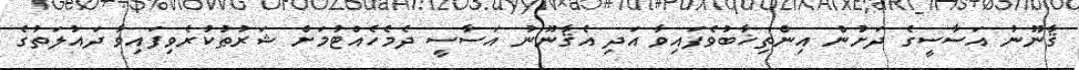
ޤާނޫނު އަސާސީގެ ދަށުން އިންތިޚާބުވެފައިވާ އަދި އެޤާނޫނު އަސާސީ ދެމެހެއްޓުމަށް ޝަރުޠުކުރެވިފައިވާ ދައުލަތުގެ